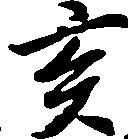
亥